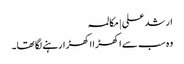
ارشد علی | مکالمہ
وہ سب سے اکھڑا اکھڑارہنے لگا تھا۔